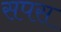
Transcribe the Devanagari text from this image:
सपस